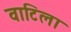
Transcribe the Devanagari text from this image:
वाटिला